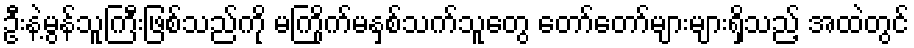
ဦးနဲ့မွန်သူကြီးဖြစ်သည်ကို မကြိုက်မနှစ်သက်သူတွေ တော်တော်များများရှိသည့် အထဲတွင်